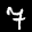
Label: 7